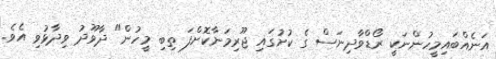
އަނެއްބައިމީހުންނަކީ ރޯޑްވާދިނަސް ގެ ކުށުގައި ޖޫރިމަނާކޮށްފަ ތިބި މީހުން" ދާވޫދު ވިދާޅުވި އެވެ.